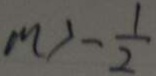
m > - \frac { 1 } { 2 }